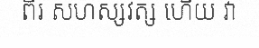
ពីរ សហស្សវត្ស ហើយ វា